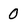
Character: 0